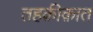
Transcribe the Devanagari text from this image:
तहक़ीक़ात